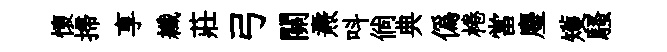
懷掃享纖莊弓關燾呌倘典偽棬當麈矱騷